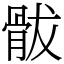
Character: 䯋